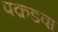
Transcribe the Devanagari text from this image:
पक़डवा